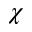
\chi